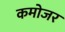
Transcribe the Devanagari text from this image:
कमोजर